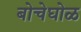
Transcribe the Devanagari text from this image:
बोचेघोळ